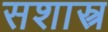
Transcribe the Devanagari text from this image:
सशास्त्र